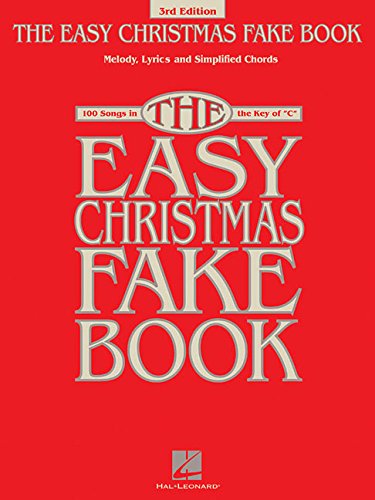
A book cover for The Easy Christmas Fake Book: 100 Songs in the Key of C (Fake Books); Humor & Entertainment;